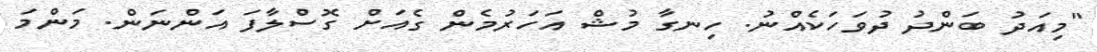
"މިއަދު ބަންދު ދުވަހަކެއްނު. ހިނގާ މުޝް އަހަރުމެން ގެއަށް ގޮސްލާފަ އަންނަން. މަންމަ